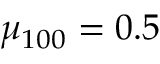
\mu _ { 1 0 0 } = 0 . 5